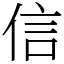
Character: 信